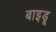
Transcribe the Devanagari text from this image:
बाइडू